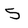
Character: 5